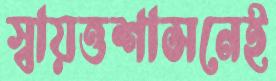
স্বায়ত্তশাসনেই